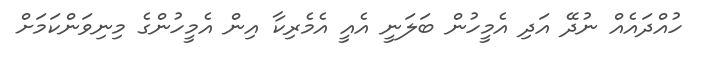
ހުއްދައެއް ނުދޭ އަދި އެމީހުން ބަލަނީ އެއީ އެމެރިކާ އިން އެމީހުންގެ މިނިވަންކަމަށް